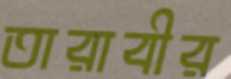
তারাবীর